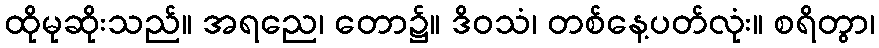
ထိုမုဆိုးသည်။ အရညေ၊ တော၌။ ဒိဝသံ၊ တစ်နေ့ပတ်လုံး။ စရိတွာ၊